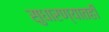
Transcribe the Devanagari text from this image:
सुधारण्यातही